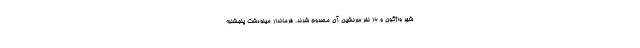
شهر واژگون و 16 نفر سرنشین آن مصدوم شدند. فرماندار مینودشت پنجشنبه